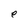
Character: e